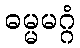
ဓမ္မမဂ္ဂံ